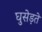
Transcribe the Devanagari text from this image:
घुसेड़ते